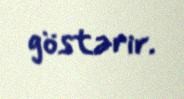
göstərir.